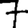
Digit: 7